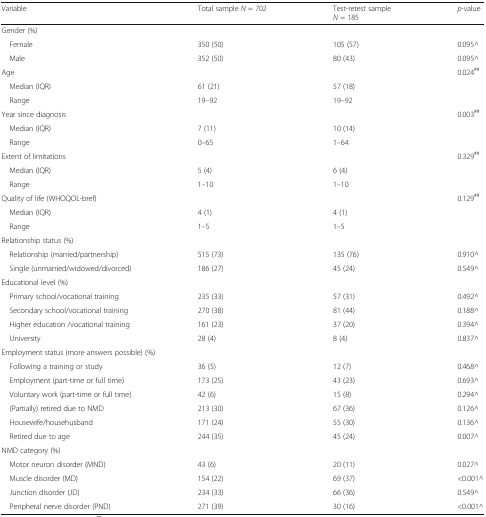
<table><thead><tr><td><b>Variable</b></td><td><b>Total sample <i>N</i> = 702</b></td><td><b>Test-retest sample<i>N</i> = 185</b></td><td><b><i>p</i>-value</b></td></tr></thead><tbody><tr><td colspan="4">Gender (%)</td></tr><tr><td> Female</td><td>350 (50)</td><td>105 (57)</td><td>0.095^</td></tr><tr><td> Male</td><td>352 (50)</td><td>80 (43)</td><td>0.095^</td></tr><tr><td>Age</td><td></td><td></td><td>0.024<sup>##</sup></td></tr><tr><td> Median (IQR)</td><td>61 (21)</td><td>57 (18)</td><td></td></tr><tr><td> Range</td><td>19–92</td><td>19–92</td><td></td></tr><tr><td>Year since diagnosis</td><td></td><td></td><td>0.003<sup>##</sup></td></tr><tr><td> Median (IQR)</td><td>7 (11)</td><td>10 (14)</td><td></td></tr><tr><td> Range</td><td>0–65</td><td>1–64</td><td></td></tr><tr><td>Extent of limitations</td><td></td><td></td><td>0.329<sup>##</sup></td></tr><tr><td> Median (IQR)</td><td>5 (4)</td><td>6 (4)</td><td></td></tr><tr><td> Range</td><td>1–10</td><td>1–10</td><td></td></tr><tr><td>Quality of life (WHOQOL-bref)</td><td></td><td></td><td>0.129<sup>##</sup></td></tr><tr><td> Median (IQR)</td><td>4 (1)</td><td>4 (1)</td><td></td></tr><tr><td> Range</td><td>1–5</td><td>1–5</td><td></td></tr><tr><td>Relationship status (%)</td><td></td><td></td><td></td></tr><tr><td> Relationship (married/partnership)</td><td>515 (73)</td><td>135 (76)</td><td>0.910^</td></tr><tr><td> Single (unmarried/widowed/divorced)</td><td>186 (27)</td><td>45 (24)</td><td>0.549^</td></tr><tr><td colspan="4">Educational level (%)</td></tr><tr><td> Primary school/vocational training</td><td>235 (33)</td><td>57 (31)</td><td>0.492^</td></tr><tr><td> Secondary school/vocational training</td><td>270 (38)</td><td>81 (44)</td><td>0.188^</td></tr><tr><td> Higher education /vocational training</td><td>161 (23)</td><td>37 (20)</td><td>0.394^</td></tr><tr><td> University</td><td>28 (4)</td><td>8 (4)</td><td>0.837^</td></tr><tr><td colspan="4">Employment status (more answers possible) (%)</td></tr><tr><td> Following a training or study</td><td>36 (5)</td><td>12 (7)</td><td>0.468^</td></tr><tr><td> Employment (part-time or full time)</td><td>173 (25)</td><td>43 (23)</td><td>0.693^</td></tr><tr><td> Voluntary work (part-time or full time)</td><td>42 (6)</td><td>15 (8)</td><td>0.294^</td></tr><tr><td> (Partially) retired due to NMD</td><td>213 (30)</td><td>67 (36)</td><td>0.126^</td></tr><tr><td> Housewife/househusband</td><td>171 (24)</td><td>55 (30)</td><td>0.136^</td></tr><tr><td> Retired due to age</td><td>244 (35)</td><td>45 (24)</td><td>0.007^</td></tr><tr><td colspan="4">NMD category (%)</td></tr><tr><td> Motor neuron disorder (MND)</td><td>43 (6)</td><td>20 (11)</td><td>0.027^</td></tr><tr><td> Muscle disorder (MD)</td><td>154 (22)</td><td>69 (37)</td><td>&lt;0.001^</td></tr><tr><td> Junction disorder (JD)</td><td>234 (33)</td><td>66 (36)</td><td>0.549^</td></tr><tr><td> Peripheral nerve disorder (PND)</td><td>271 (39)</td><td>30 (16)</td><td>&lt;0.001^</td></tr></tbody></table>